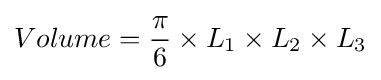
Volume={\frac {\pi }{6}}\times L_{1}\times L_{2}\times L_{3}